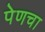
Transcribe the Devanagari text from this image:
पेणचा